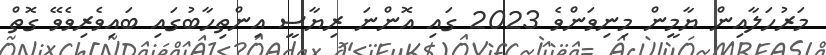
މަރުހަލާއިން ޔާމީން މިނިވަންވެ 2023 ގައި އޮންނަ ރިޔާސީ އިންތިހާބުގައި ބައިވެރިވެވޭ ގޮތް